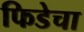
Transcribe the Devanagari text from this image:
फिडेचा